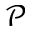
\mathcal { P }